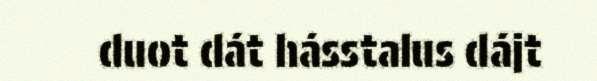
duot dát hásstalus dájt